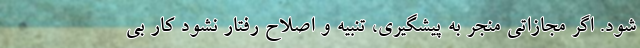
شود. اگر مجازاتی منجر به پیشگیری، تنبیه و اصلاح رفتار نشود کار بی